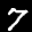
Digit: 7